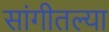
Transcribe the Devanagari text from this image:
सांगीतल्या